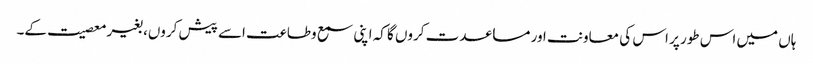
ہاں میں اس طور پر اس کی معاونت اور مساعدت کروں گا کہ اپنی سمع وطاعت اسے پیش کروں، بغیر معصیت کے۔